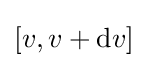
[v,v+\mathrm {d} v]